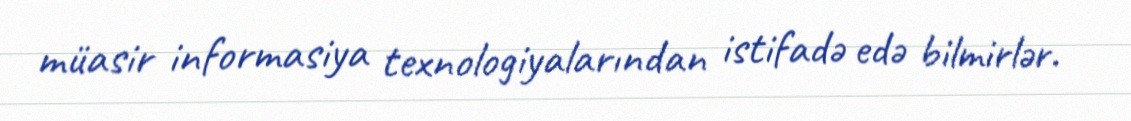
müasir informasiya texnologiyalarından istifadə edə bilmirlər.